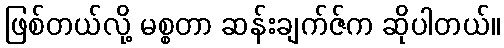
ဖြစ်တယ်လို့ မစ္စတာ ဆန်းချက်ဇ်က ဆိုပါတယ်။